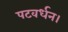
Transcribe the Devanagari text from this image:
पटवर्धन।